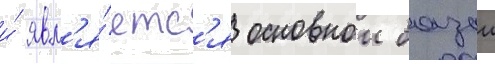
и́ явл'я́етс'я основнои базои